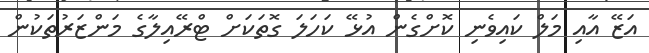
އަޒޭ އާއި މަލް ކައިވެނި ކޮށްގެން އުޅޭ ކަހަލަ ގޮތަކަށް ޓްރޭއިލާގެ މަންޒަރުތަކުން